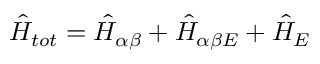
\hat { H } _ { t o t } = \hat { H } _ { \alpha \beta } + \hat { H } _ { \alpha \beta E } + \hat { H } _ { E }